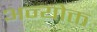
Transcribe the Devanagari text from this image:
अन्योक्त